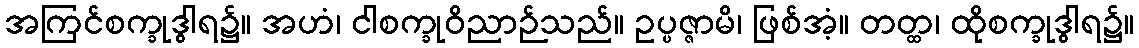
အကြင်စက္ခုဒွါရ၌။ အဟံ၊ ငါစက္ခုဝိညာဉ်သည်။ ဥပ္ပဇ္ဇာမိ၊ ဖြစ်အံ့။ တတ္ထ၊ ထိုစက္ခုဒွါရ၌။